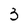
Character: 3